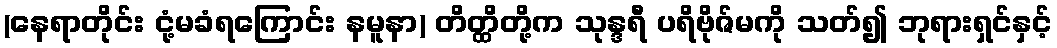
(နေရာတိုင်း ငုံ့မခံရကြောင်း နမူနာ) တိတ္ထိတို့က သုန္ဒရီ ပရိဗိုဇ်မကို သတ်၍ ဘုရားရှင်နှင့်